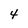
Character: 4